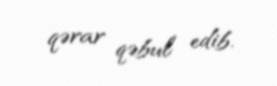
qərar qəbul edib.